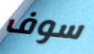
سوف